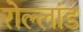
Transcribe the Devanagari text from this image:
रोल्लांड